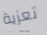
تعزية